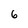
Character: 6